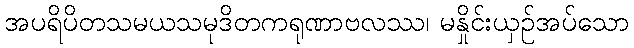
အပရိပိတသမယသမုဒိတကရုဏာဗလဿ၊ မနှိုင်းယှဉ်အပ်သော